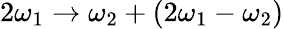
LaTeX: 2\omega_{1}\to\omega_{2}+(2\omega_{1}-\omega_{2})